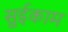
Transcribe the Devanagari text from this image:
सुईकाम